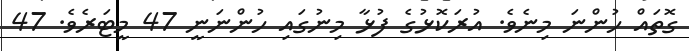
ގޮތައް ހުންނަ މިނެވެ. އުރަކޮޅުގެ ފުޅާ މިނުގައި ހުންނަނީ 47 މީޓަރެވެ. 47